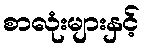
စာလုံးများနှင့်